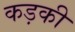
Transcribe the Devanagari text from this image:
कड़की